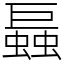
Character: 螶